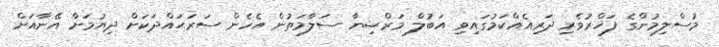
މުސްލިމުންގެ ފަޚްރުވެރި ދަރިއެއްކަމުގައިވި އަބުލް މަރްޟިޔާ ސަލާމަތުން އެހެން ސަރަޙައްދަކަށް ދިޔުމަށް އޭނާއަށް